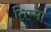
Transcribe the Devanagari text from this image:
तिम्मा